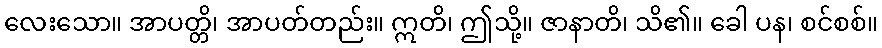
လေးသော။ အာပတ္တိ၊ အာပတ်တည်း။ ဣတိ၊ ဤသို့။ ဇာနာတိ၊ သိ၏။ ခေါ ပန၊ စင်စစ်။